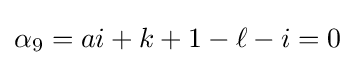
\alpha _{9}=ai+k+1-\ell -i=0